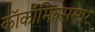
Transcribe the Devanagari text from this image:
काॅकॉमिक्ससार